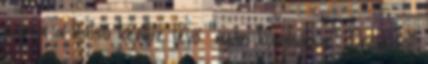
napra a hátsó kertbe lévő "nyári konyhában". Öröm volt